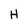
Character: H